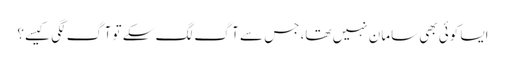
ایسا کوئی بھی سامان نہیں تھا، جس سے آگ لگ سکے تو آگ لگی کیسے؟